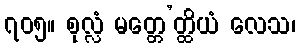
၇၀၅။ စုလ္လံ မတ္တေ’တ္ထိယံ လေသ၊